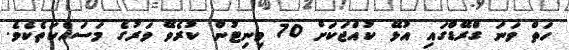
ހަތް ވަނަ ގްރޭޑްގައި އުޅޭ ކުއްޖަކަށް 70 މިނިޓުން ކުރެވޭ ވަރުގެ މަސައްކަތެކެވެ.